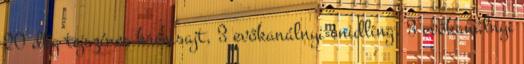
20 dkg tejszínes krémsajt, 3 evőkanálnyi snidling, 3 evőkanálnyi